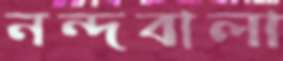
নন্দবালা